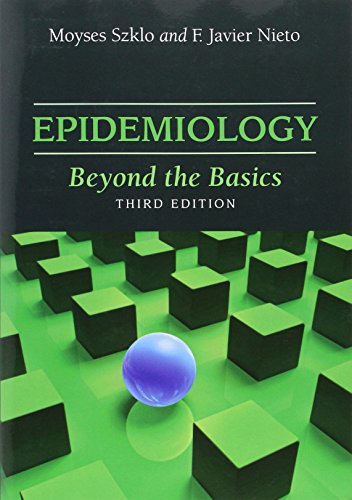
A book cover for Epidemiology: Beyond the Basics; Moyses Szklo; Medical Books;